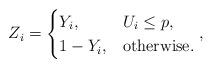
LaTeX: \begin{align*} Z_i = \begin{cases} Y_i, & U_i \leq p, \\ 1 - Y_i, & \mbox{otherwise}. \end{cases},\end{align*}